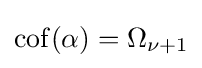
\operatorname {cof} (\alpha )=\Omega _{\nu +1}